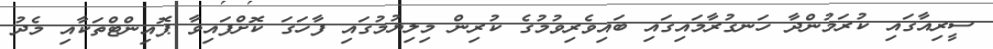
ސީރިއާގައި ކުރަމުންދާ ހަނގުރާމައިގައި ބައިވެރިވުމުގެ ކުރިން މިލިޔުމުގައި ފާހަގަ ކޮށްފައިވާ ޕޮއިންޓްތަކާއި މެދު